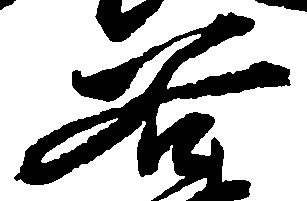
谷